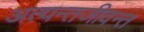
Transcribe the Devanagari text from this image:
अत्यन्तजीवन्त